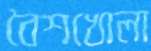
বৈশখোলা